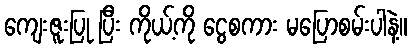
ကျေးဇူးပြု ပြီး ကိုယ့်ကို ငွေစကား မပြောစမ်းပါနဲ့။